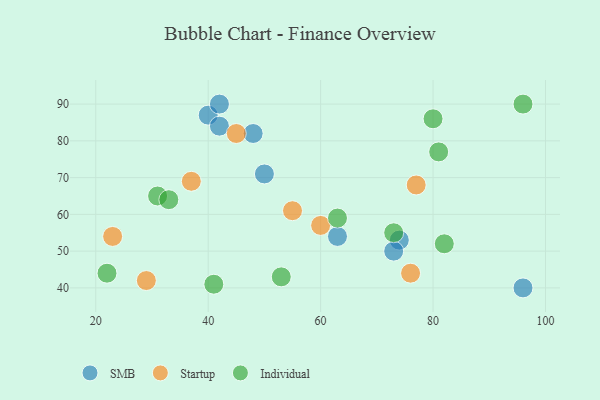
{"axis": {"x": "GDP", "y": "Life Expectancy"}, "legend": ["Individual", "SMB", "Startup"], "data": [{"x": "40", "y": 87, "type": "SMB"}, {"x": "63", "y": 54, "type": "SMB"}, {"x": "74", "y": 53, "type": "SMB"}, {"x": "48", "y": 82, "type": "SMB"}, {"x": "96", "y": 40, "type": "SMB"}, {"x": "42", "y": 84, "type": "SMB"}, {"x": "73", "y": 50, "type": "SMB"}, {"x": "50", "y": 71, "type": "SMB"}, {"x": "42", "y": 90, "type": "SMB"}, {"x": "37", "y": 69, "type": "Startup"}, {"x": "29", "y": 42, "type": "Startup"}, {"x": "76", "y": 44, "type": "Startup"}, {"x": "45", "y": 82, "type": "Startup"}, {"x": "77", "y": 68, "type": "Startup"}, {"x": "23", "y": 54, "type": "Startup"}, {"x": "55", "y": 61, "type": "Startup"}, {"x": "60", "y": 57, "type": "Startup"}, {"x": "53", "y": 43, "type": "Individual"}, {"x": "63", "y": 59, "type": "Individual"}, {"x": "80", "y": 86, "type": "Individual"}, {"x": "41", "y": 41, "type": "Individual"}, {"x": "82", "y": 52, "type": "Individual"}, {"x": "81", "y": 77, "type": "Individual"}, {"x": "73", "y": 55, "type": "Individual"}, {"x": "31", "y": 65, "type": "Individual"}, {"x": "22", "y": 44, "type": "Individual"}, {"x": "96", "y": 90, "type": "Individual"}, {"x": "33", "y": 64, "type": "Individual"}]}